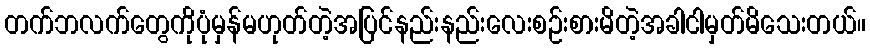
တက်ဘလက်တွေကိုပုံမှန်မဟုတ်တဲ့အပြင်နည်းနည်းလေးစဉ်းစားမိတဲ့အခါငါမှတ်မိသေးတယ်။